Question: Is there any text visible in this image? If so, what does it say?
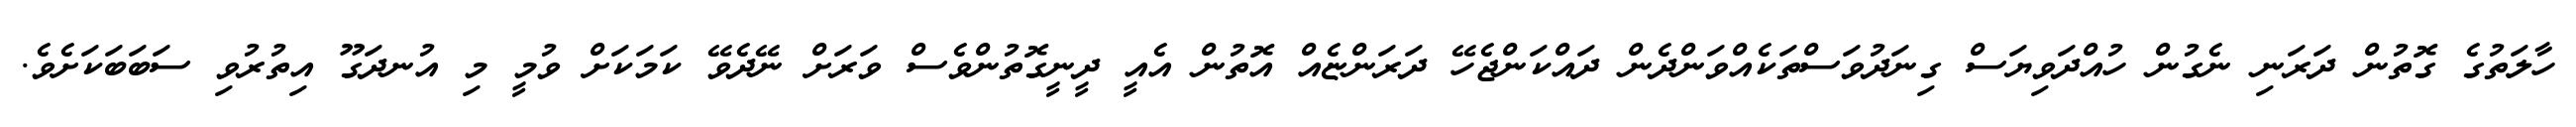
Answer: ހާލަތުގެ ގޮތުން ދަރަނި ނެގުން ހުއްދަވިޔަސް ގިނަދުވަސްތަކެއްވަންދެން ދައްކަންޖެހޭ ދަރަންޏެއް އޮތުން އެއީ ދީނީގޮތުންވެސް ވަރަށް ނޭދެވޭ ކަމަކަށް ވުމީ މި އުނދަގޫ އިތުރުވި ސަބަބަކަށެވެ.